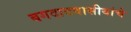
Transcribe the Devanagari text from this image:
बगदादवासीयांचे